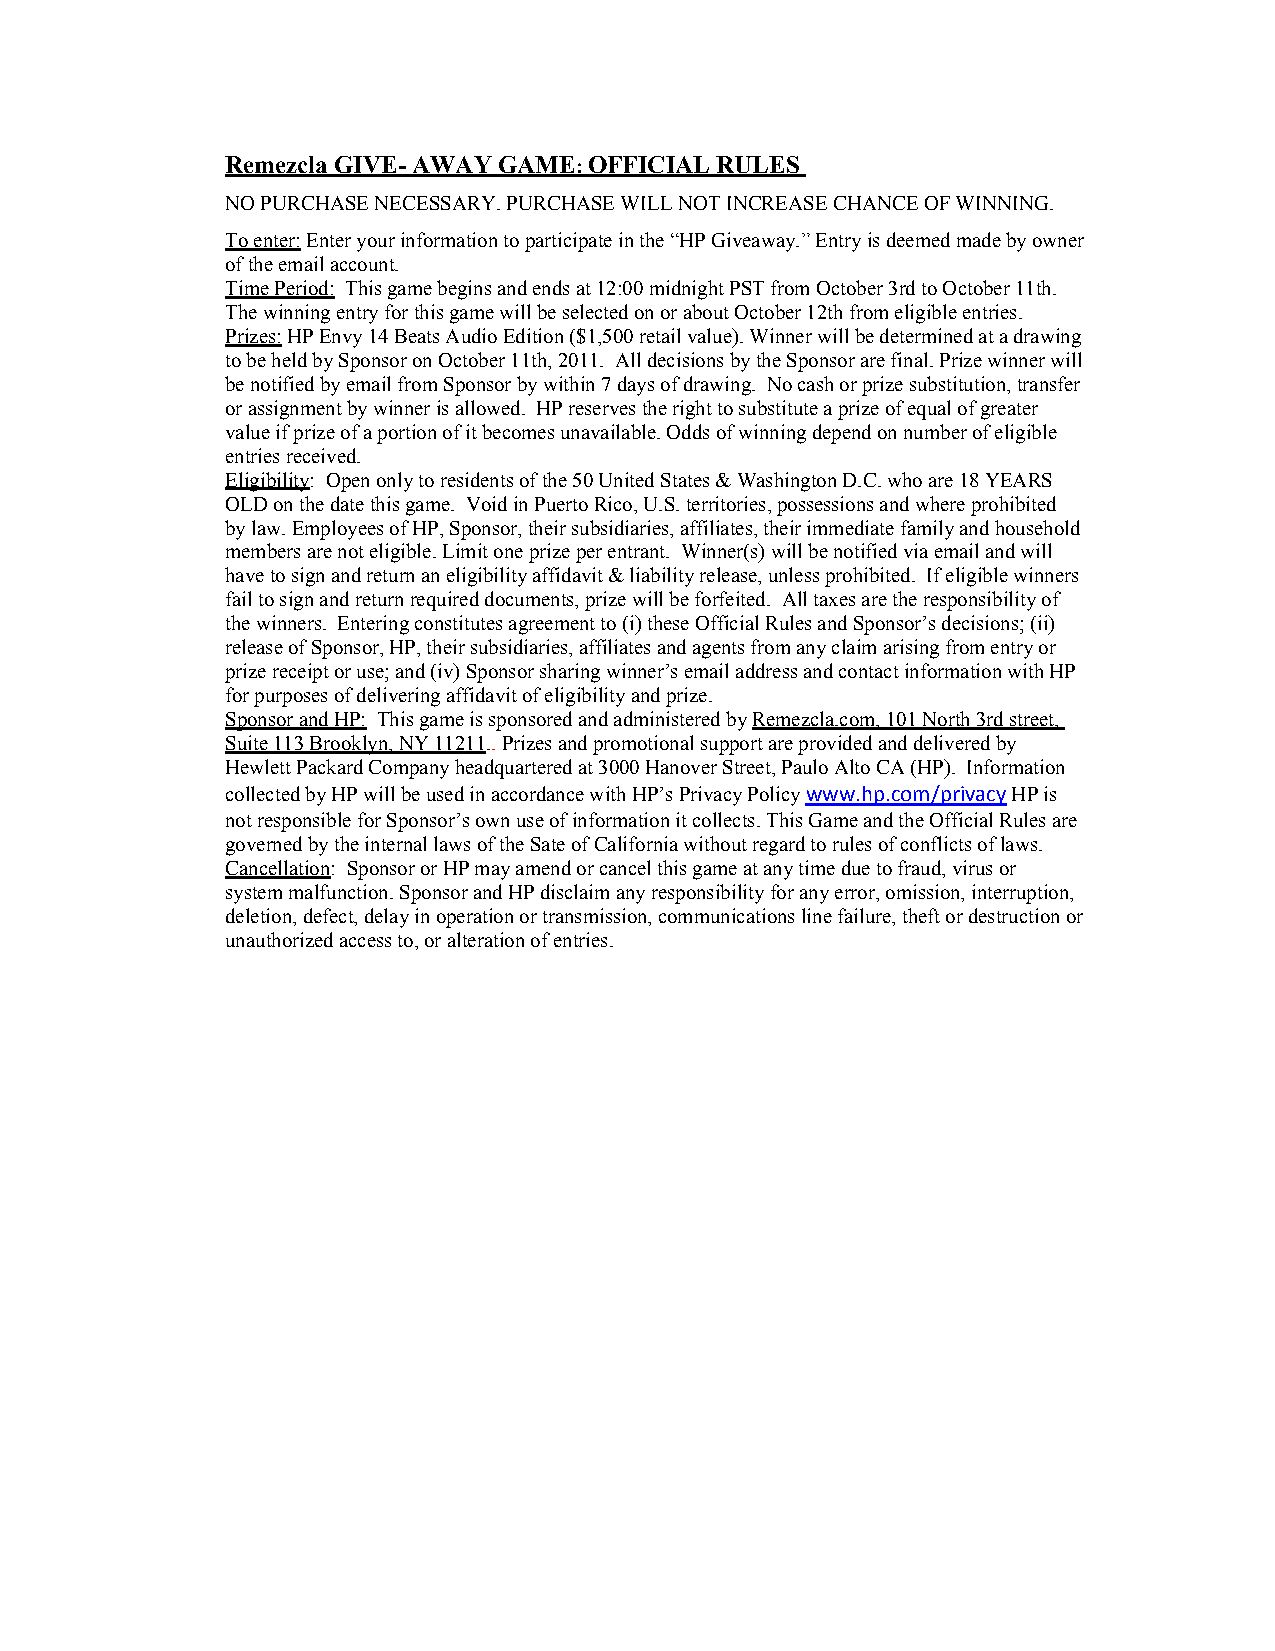
Remezcla GIVE- AWAY GAME: OFFICIAL RULES
 NO PURCHASE NECESSARY. PURCHASE WILL NOT INCREASE CHANCE OF WINNING.
 To enter: Enter your information to participate in the “HP Giveaway.” Entry is deemed made by owner
 of the email account.
 Time Period: This game begins and ends at 12:00 midnight PST from October 3rd to October 11th.
 The winning entry for this game will be selected on or about October 12th from eligible entries.
 Prizes: HP Envy 14 Beats Audio Edition ($1,500 retail value). Winner will be determined at a drawing
 to be held by Sponsor on October 11th, 2011. All decisions by the Sponsor are final. Prize winner will
 be notified by email from Sponsor by within 7 days of drawing. No cash or prize substitution, transfer
 or assignment by winner is allowed. HP reserves the right to substitute a prize of equal of greater
 value if prize of a portion of it becomes unavailable. Odds of winning depend on number of eligible
 entries received.
 Eligibility: Open only to residents of the 50 United States & Washington D.C. who are 18 YEARS
 OLD on the date this game. Void in Puerto Rico, U.S. territories, possessions and where prohibited
 by law. Employees of HP, Sponsor, their subsidiaries, affiliates, their immediate family and household
 members are not eligible. Limit one prize per entrant. Winner(s) will be notified via email and will
 have to sign and return an eligibility affidavit & liability release, unless prohibited. If eligible winners
 fail to sign and return required documents, prize will be forfeited. All taxes are the responsibility of
 the winners. Entering constitutes agreement to (i) these Official Rules and Sponsor’s decisions; (ii)
 release of Sponsor, HP, their subsidiaries, affiliates and agents from any claim arising from entry or
 prize receipt or use; and (iv) Sponsor sharing winner’s email address and contact information with HP
 for purposes of delivering affidavit of eligibility and prize.
 Sponsor and HP: This game is sponsored and administered by Remezcla.com, 101 North 3rd street,
 Suite 113 Brooklyn, NY 11211.. Prizes and promotional support are provided and delivered by
 Hewlett Packard Company headquartered at 3000 Hanover Street, Paulo Alto CA (HP). Information
 collected by HP will be used in accordance with HP’s Privacy Policy www.hp.com/privacy HP is
 not responsible for Sponsor’s own use of information it collects. This Game and the Official Rules are
 governed by the internal laws of the Sate of California without regard to rules of conflicts of laws.
 Cancellation: Sponsor or HP may amend or cancel this game at any time due to fraud, virus or
 system malfunction. Sponsor and HP disclaim any responsibility for any error, omission, interruption,
 deletion, defect, delay in operation or transmission, communications line failure, theft or destruction or
 unauthorized access to, or alteration of entries.